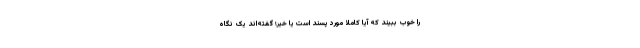
را خوب ببیند که آیا کاملاً مورد پسند است یا خیر؛ گفته‌اند یک نگاه